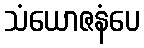
သံယောဇနံပေ